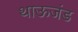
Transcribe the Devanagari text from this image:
थाऊजंड